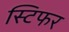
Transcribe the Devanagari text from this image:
स्टिफर